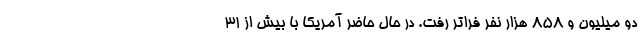
دو میلیون و ۸۵۸ هزار نفر فراتر رفت. در حال حاضر آمریکا با بیش از ۳۱